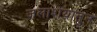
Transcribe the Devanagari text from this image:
जलाशयातुन